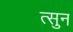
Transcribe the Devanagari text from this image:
त्सुन